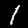
Label: 1